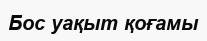
Бос уақыт қоғамы